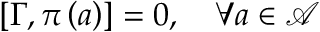
\left[ \Gamma , \pi \left( a \right) \right] = 0 , \quad \forall a \in \mathcal { A }